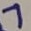
Text: 7